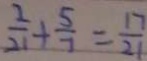
\frac { 2 } { 2 1 } + \frac { 5 } { 7 } = \frac { 1 7 } { 2 1 }